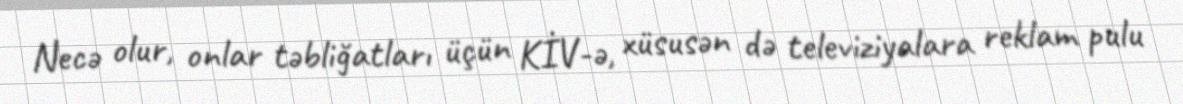
Necə olur, onlar təbliğatları üçün KİV-ə, xüsusən də televiziyalara reklam pulu